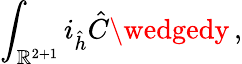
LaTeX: \int_{\mathbb{R}^{2+1}}i_{\hat{{h}}}{\hat{{C}}}\wedgedy\, ,